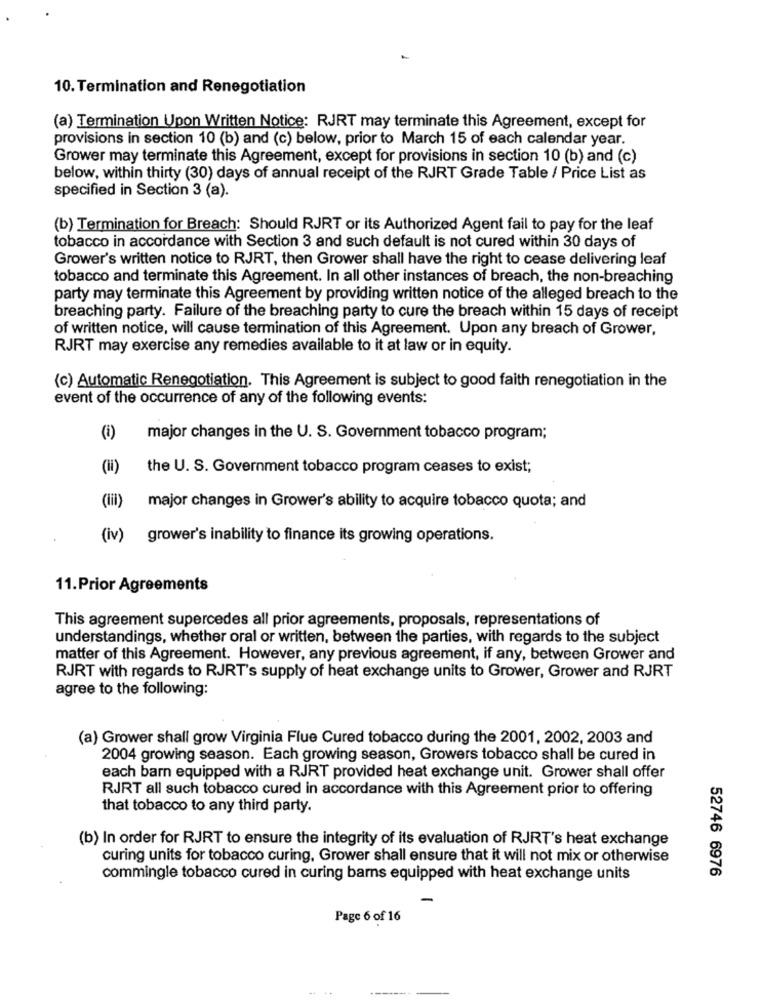
10. Termination and Renegotiation
(a) Termination Upon Written Notice: RJRT may terminate this Agreement, except for
provisions in section 10 (b) and (c) below, prior to March 15 of each calendar year.
Grower may terminate this Agreement, except for provisions in section 10 (b) and (c)
below, within thirty (30) days of annual receipt of the RJRT Grade Table / Price List as
specified in Section 3 (a).
(b) Termination for Breach: Should RJRT or its Authorized Agent fail to pay for the leaf
tobacco in accordance with Section 3 and such default is not cured within 30 days of
Grower's written notice to RJRT, then Grower shall have the right to cease delivering leaf
tobacco and terminate this Agreement. In all other instances of breach, the non-breaching
party may terminate this Agreement by providing written notice of the alleged breach to the
breaching party. Failure of the breaching party to cure the breach within 15 days of receipt
of written notice, will cause termination of this Agreement. Upon any breach of Grower,
RJRT may exercise any remedies available to it at law or in equity.
(c) Automatic Renegotiation. This Agreement is subject to good faith renegotiation in the
event of the occurrence of any of the following events:
(i)
major changes in the U. S. Government tobacco program;
(H)
the U. S. Government tobacco program ceases to exist;
(lil)
major changes in Grower's ability to acquire tobacco quota; and
(iv)
grower's inability to finance its growing operations.
11.Prior Agreements
This agreement supercedes all prior agreements, proposals, representations of
understandings, whether oral or written, between the parties, with regards to the subject
matter of this Agreement. However, any previous agreement, if any, between Grower and
RJRT with regards to RJRT's supply of heat exchange units to Grower, Grower and RJRT
agree to the following:
(a) Grower shall grow Virginia Flue Cured tobacco during the 2001, 2002, 2003 and
2004 growing season. Each growing season, Growers tobacco shall be cured in
each barn equipped with a RJRT provided heat exchange unit. Grower shall offer
RJRT all such tobacco cured in accordance with this Agreement prior to offering
that tobacco to any third party.
(b) In order for RJRT to ensure the integrity of its evaluation of RJRT's heat exchange
curing units for tobacco curing, Grower shall ensure that it will not mix or otherwise
commingle tobacco cured in curing barns equipped with heat exchange units
52746 6976
-
Page 6 of 16